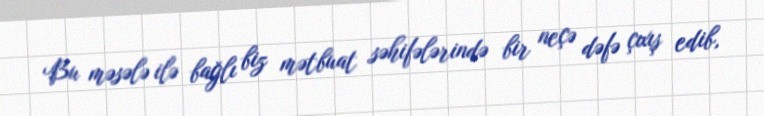
Bu məsələ ilə bağlı biz mətbuat səhifələrində bir neçə dəfə çıxış edib,